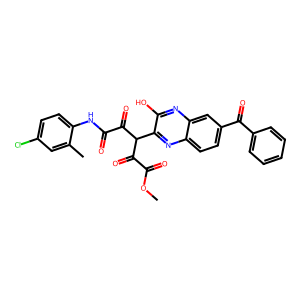
SMILES: COC(=O)C(=O)C(C(=O)C(=O)Nc1ccc(Cl)cc1C)c1nc2ccc(C(=O)c3ccccc3)cc2nc1O
Inhibits HIV replication: No